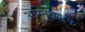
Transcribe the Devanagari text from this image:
अग्निवर्द्धक